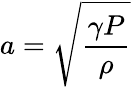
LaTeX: a={\sqrt{\frac{\gamma P}{\rho}}}